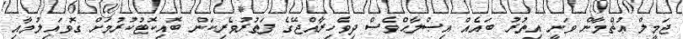
ޖަމީލް ޢުޘްމާން ވަނީ އިތުރު ބައެއް އިޞްލާޙްވެސް ދިވެހިރާއްޖޭގެ ފަތުރުވެރިކަން ބޮއިކޮޓުކުރުމަށް ގޮވައިލުމާއި